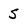
Character: S